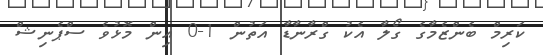
ކަރިމް ބެންޒެމާގެ ގޯލާ އެކު ގްރާނާޑާ އަތުން 1-0 އިން މޮޅުވެ ސްޕެނިޝް